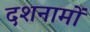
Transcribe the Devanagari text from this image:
दशनामों